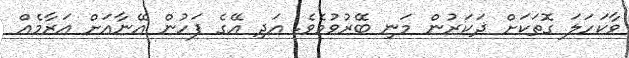
ވާކަހަލަ ގޮތަކަށް ޛަކަރުން މަނި ބޭރުވުމެވެ. އަދި އޭގެ ފަހުން އޭނާއަށް އަރާމެއް